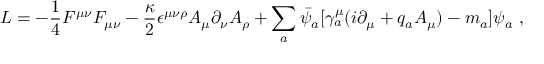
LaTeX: { \cal L } = - \frac { 1 } { 4 } F ^ { \mu \nu } F _ { \mu \nu } - \frac { \kappa } { 2 } \epsilon ^ { \mu \nu \rho } A _ { \mu } \partial _ { \nu } A _ { \rho } + \sum _ { a } \bar { \psi } _ { a } [ \gamma _ { a } ^ { \mu } ( i \partial _ { \mu } + q _ { a } A _ { \mu } ) - m _ { a } ] \psi _ { a } \, \, ,